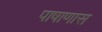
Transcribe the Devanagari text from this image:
पाषाणास